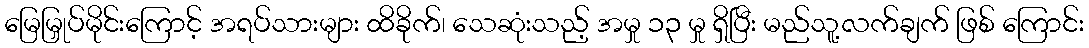
မြေမြှုပ်မိုင်းကြောင့် အရပ်သားများ ထိခိုက်၊ သေဆုံးသည့် အမှု ၁၃ မှု ရှိပြီး မည်သူ့လက်ချက် ဖြစ် ကြောင်း